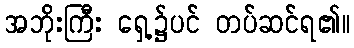
အဘိုးကြီး ရှေ့၌ပင် တပ်ဆင်ရ၏။